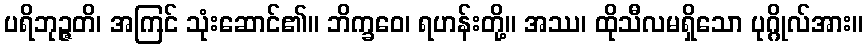
ပရိဘုဉ္ဇတိ၊ အကြင် သုံးဆောင်၏။ ဘိက္ခဝေ၊ ရဟန်းတို့။ အဿ၊ ထိုသီလမရှိသော ပုဂ္ဂိုလ်အား။